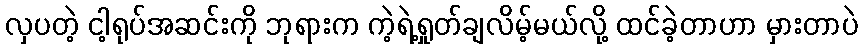
လှပတဲ့ ငါ့ရုပ်အဆင်းကို ဘုရားက ကဲ့ရဲ့ရှုတ်ချလိမ့်မယ်လို့ ထင်ခဲ့တာဟာ မှားတာပဲ